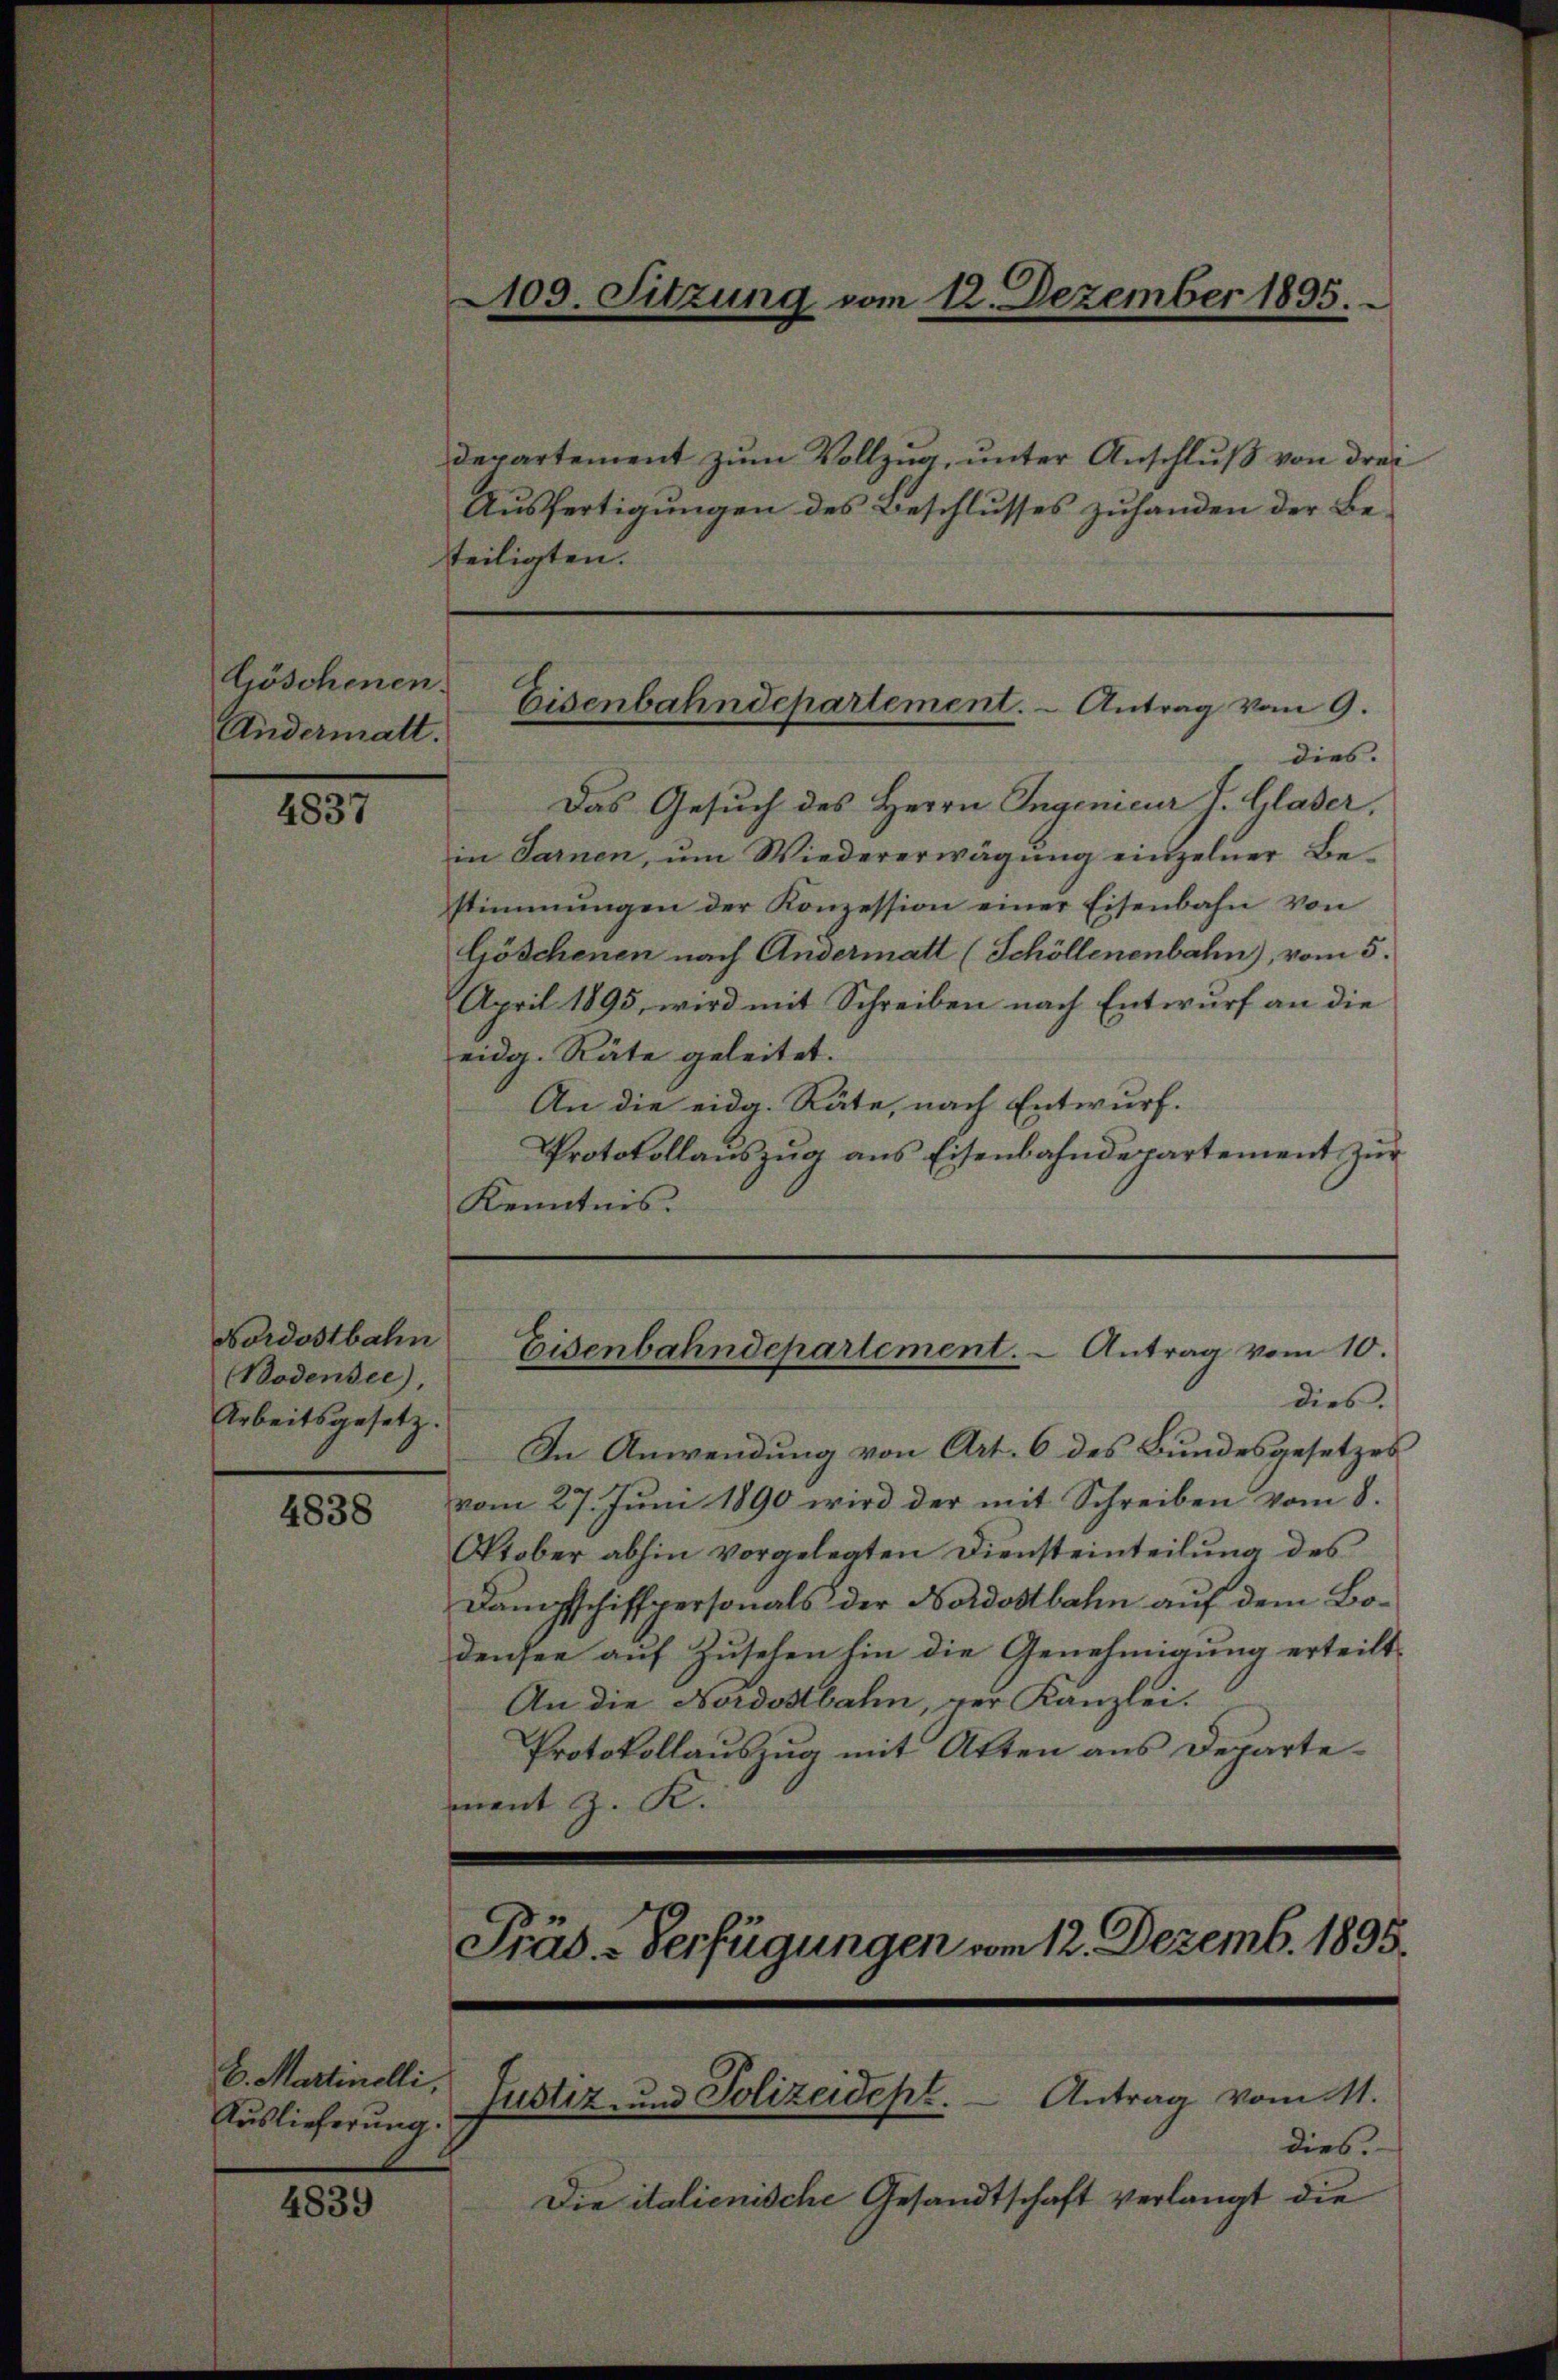
Köschenen.
Andermatt.

4837

Nordostbahn
(Bodensee).
Arbeitsgesetz.

4838

6. Martinelli,
Auslieferung.

4839

2109. Sitzung vom 12. Dezember 1895.

departement zum Vollzug, unter Anschluß von drei
Ausfertigungen des Beschlusses zuhanden der Beteiligten.

Eisenbahndepartement. - Antrag vom 9.

Eisenbahndepartement. - Antrag vom 10.

dies.
Das Gesuch des Herrn Ingenieur J. Glaser,
in Sarnen, ŭm Wiedererwägŭng einzelner Be-
stimmungen der Konzession einer Eisenbahn von
Göschenen nach Andermatt (Schöllenenbahn, vom 5.
April 1895, wird mit Schreiben nach Entwurf an die
eidg. Räte geleitet.
An die eidg. Räte, nach Entwurf.
Protokollaŭszŭg ans Eisenbahndepartement zŭr
Kenntnis.

dies.
In Anwendung von Art. 6 des Bundesgesetzes
vom 27. Juni 1890 wird der mit Schreiben vom 8.
Oktober abhin vorgelegten Diensteinteilung des
Dampfschiffpersonals der Nordostbahn auf dem Bodensee auf Zusehen hin die Genehmigung erteilt.
An die Nordostbahn, zur Kanzlei.
Protokollauszug mit Atten aus Departement z. K.
Präs.-Verfügungen vom 12. Dezemb. 1895.

Justiz- und Polizeidept.  Antrag vom 11.

dies.
Die italienische Gesandtschaft verlangt die